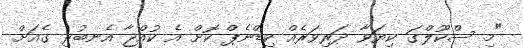
"މި ސްކޫލްގަ ކިޔަވާ ދަރިވަރެއް ކިޑްނެޕް ކޮށް އެ ކުއްޖާ އެނބުރި ގެއަށް